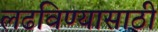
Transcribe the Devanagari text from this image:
लढविण्यासाठी